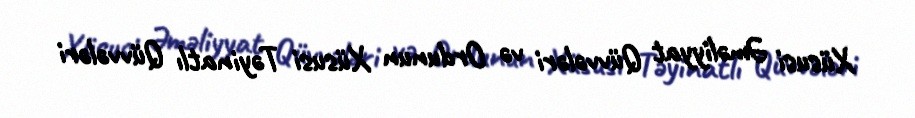
Xüsusi Əməliyyat Qüvvələri və Ordunun Xüsusi Təyinatlı Qüvvələri